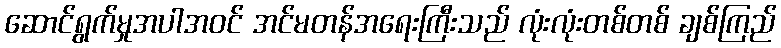
ဆောင်ရွက်မှုအပါအဝင် အင်မတန်အရေးကြီးသည် လုံးလုံးတစ်တစ် ချစ်ကြည်